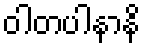
ဝါတပါနာနိ